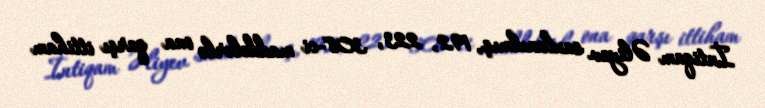
İntiqam Əliyev saxlanılmış, 192, 223, 308-ci maddələrlə ona qarşı ittiham